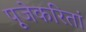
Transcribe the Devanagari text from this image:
पूजेकरितां